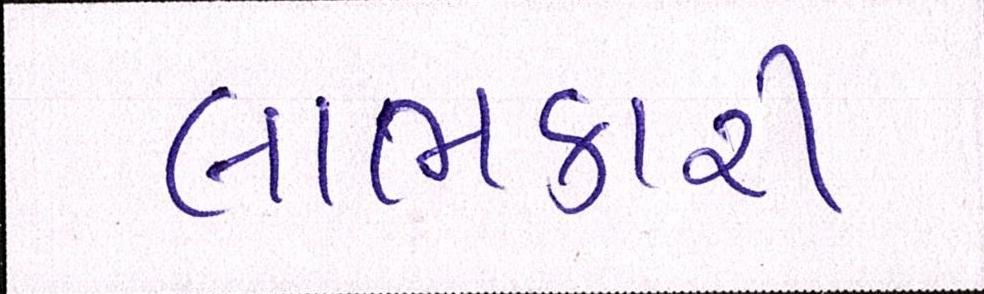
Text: લાભકારી